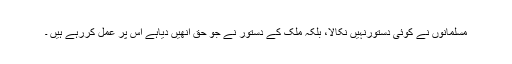
مسلمانوں نے کوئی دستورنہیں نکالا، بلکہ ملک کے دستور نے جو حق انھیں دیاہے اس پر عمل کررہے ہیں ۔